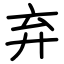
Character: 弃